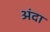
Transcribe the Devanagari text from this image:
अंदा